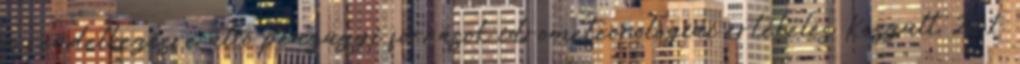
a rendelkezésre álló pénzügyi források idrometeorológiai értékelés Készült 211.